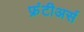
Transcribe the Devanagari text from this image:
फ्रंटीअर्स